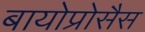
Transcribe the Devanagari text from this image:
बायोप्रोसैस